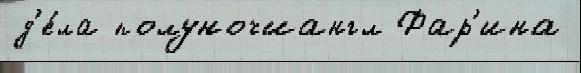
д'е́ла полуночиангл Фар'ина